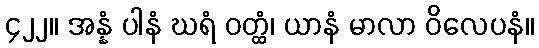
၄၂၂။ အန္နံ ပါနံ ဃရံ ဝတ္ထံ၊ ယာနံ မာလာ ဝိလေပနံ။